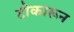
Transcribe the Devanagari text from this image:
टोकारून